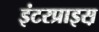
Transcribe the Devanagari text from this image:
इंटरप्राइस़